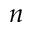
n